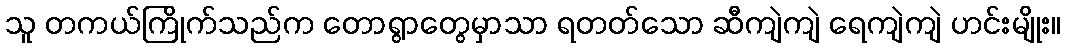
သူ တကယ်ကြိုက်သည်က တောရွာတွေမှာသာ ရတတ်သော ဆီကျဲကျဲ ရေကျဲကျဲ ဟင်းမျိုး။